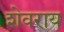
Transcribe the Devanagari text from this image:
शेवराय